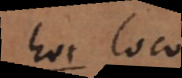
hoc modo